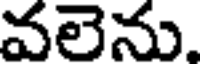
వలెను.